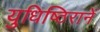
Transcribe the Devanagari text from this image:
युधिष्ठिरानें